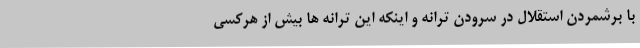
با برشمردن استقلال در سرودن ترانه و اینکه این ترانه ها بیش از هرکسی